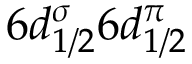
6 d _ { 1 / 2 } ^ { \sigma } 6 d _ { 1 / 2 } ^ { \pi }